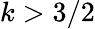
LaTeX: k>3/2